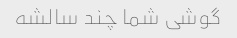
گوشی شما چند سالشه